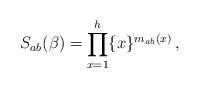
\begin{align*}S_{ab}(\beta)=\prod_{x=1}^{h}\{x\}^{m_{ab}(x)}\,,\end{align*}